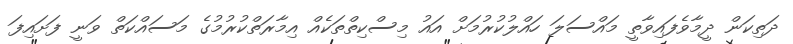
ދަތިކަން ދީމާވެފައިވާތީ މައްސަލަ ހައްލުކުރުމަށް އައު މިސްކިތްތަކެއް އިމާރަތްކުރުމުގެ މަސައްކަތް ވަނީ ފަށައިފަ